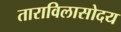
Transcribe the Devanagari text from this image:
ताराविलासोदय